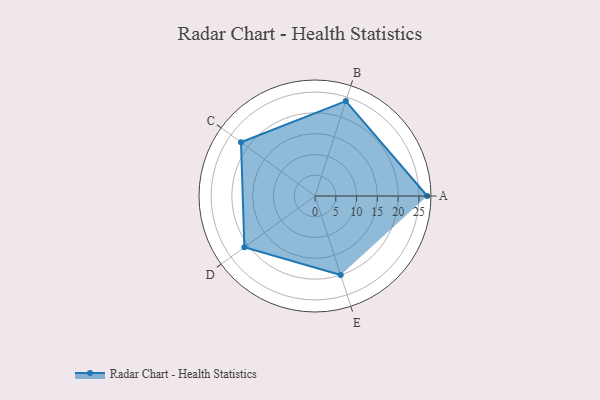
{"axis": {"x": "Skill", "y": "Score"}, "legend": ["Profile"], "data": [{"x": "A", "y": 27.0, "type": "Profile"}, {"x": "B", "y": 24.0, "type": "Profile"}, {"x": "C", "y": 22.0, "type": "Profile"}, {"x": "D", "y": 21.0, "type": "Profile"}, {"x": "E", "y": 20, "type": "Profile"}]}